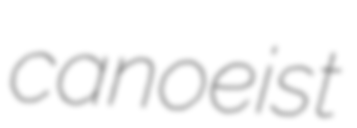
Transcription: canoeist